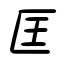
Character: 匡